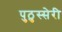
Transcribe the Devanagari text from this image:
पुठुस्सेरी